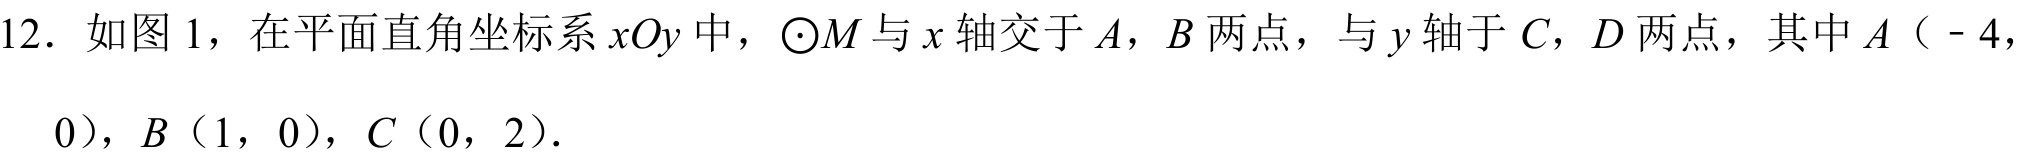
12. 如图 1，在平面直角坐标系 \(xOy\) 中，\(\odot M\) 与 \(x\) 轴交于 \(A\)，\(B\) 两点，与 \(y\) 轴于 \(C\)，\(D\) 两点，其中 \(A\)（\(-4\)，
\(0\)），\(B\)（\(1\)，\(0\)），\(C\)（\(0\)，\(2\)）.